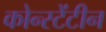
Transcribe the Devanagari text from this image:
कोन्स्टेंटीन